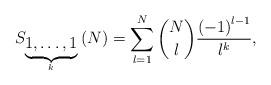
LaTeX: \begin{align*}S_{\underset{k}{\underbrace{1,\ldots,1}}}\left(N\right)=\sum_{l=1}^{N}{N \choose l}\frac{\left(-1\right)^{l-1}}{l^{k}},\end{align*}